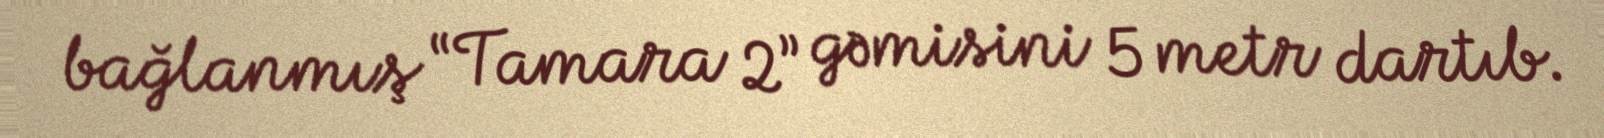
bağlanmış “Tamara 2” gəmisini 5 metr dartıb.